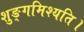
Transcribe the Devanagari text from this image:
शुङ्गमिश्यति।